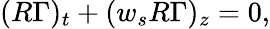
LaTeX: (R\Gamma)_{t}+(w_{s}R\Gamma)_{z}=0,